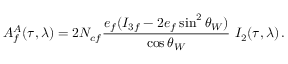
A _ { f } ^ { A } ( \tau , \lambda ) = 2 N _ { c f } \frac { e _ { f } ( I _ { 3 f } - 2 e _ { f } \sin ^ { 2 } \theta _ { W } ) } { \cos \theta _ { W } } ~ I _ { 2 } ( \tau , \lambda ) \, .